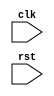
module behavior_modeling_block (
    input wire clk,
    input wire rst
);

always @(posedge clk or negedge rst) begin
    // Specify desired behavior here
    // Example: update internal registers, perform calculations, etc.
end

endmodule